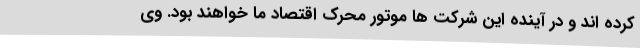
کرده اند و در آینده این شرکت ها موتور محرک اقتصاد ما خواهند بود. وی